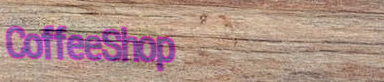
CoffeeShop